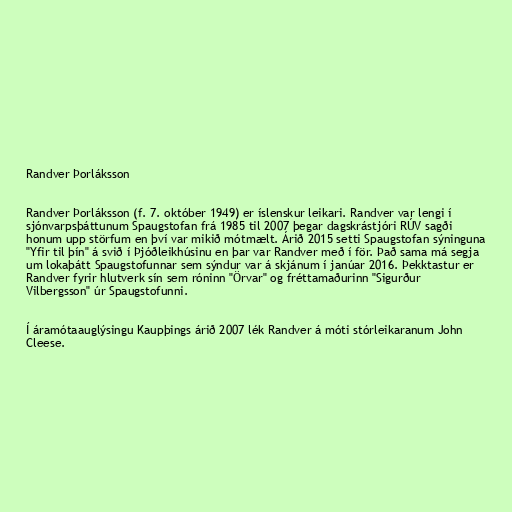
Randver Þorláksson

Randver Þorláksson (f. 7. október 1949) er íslenskur leikari. Randver var lengi í
sjónvarpsþáttunum Spaugstofan frá 1985 til 2007 þegar dagskrástjóri RÚV sagði
honum upp störfum en því var mikið mótmælt. Árið 2015 setti Spaugstofan sýninguna
"Yfir til þín" á svið í Þjóðleikhúsinu en þar var Randver með í för. Það sama má segja
um lokaþátt Spaugstofunnar sem sýndur var á skjánum í janúar 2016. Þekktastur er
Randver fyrir hlutverk sín sem róninn "Örvar" og fréttamaðurinn "Sigurður
Vilbergsson" úr Spaugstofunni.

Í áramótaauglýsingu Kaupþings árið 2007 lék Randver á móti stórleikaranum John
Cleese.